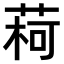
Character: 𫈥